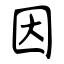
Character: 因